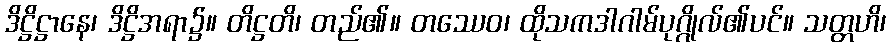
ဒိဋ္ဌိဋ္ဌာနေ၊ ဒိဋ္ဌိအရာ၌။ တိဋ္ဌတိ၊ တည်၏။ တဿေဝ၊ ထိုသကဒါဂါမ်ပုဂ္ဂိုလ်၏ပင်။ သတ္တဟိ၊